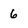
Character: 6